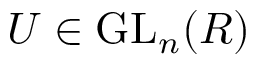
U \in \operatorname { G L } _ { n } ( R )